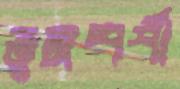
তুঙ্গস্পর্শী